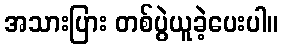
အသားပြား တစ်ပွဲယူခဲ့ပေးပါ။